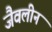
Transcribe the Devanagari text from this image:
जैवलीन